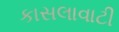
કાસલાવાટી